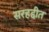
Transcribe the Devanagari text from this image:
सरहद्दीत